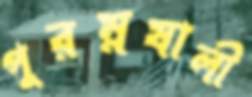
পুরম্নষালী